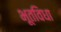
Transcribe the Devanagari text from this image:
भूतविधा